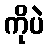
ကိုပဲ